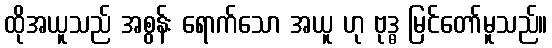
ထိုအယူသည် အစွန်း ရောက်သော အယူ ဟု ဗုဒ္ဓ မြင်တော်မူသည်။